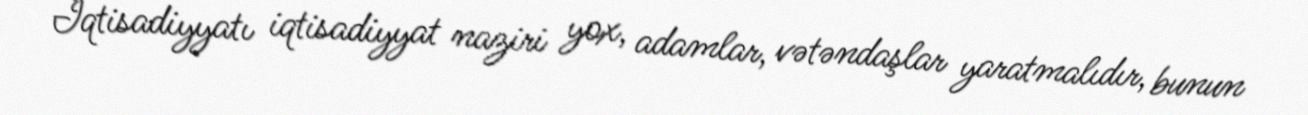
İqtisadiyyatı iqtisadiyyat naziri yox, adamlar, vətəndaşlar yaratmalıdır, bunun